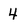
Character: 4